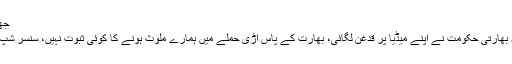
جھوٹ بولنے پر بھارتی حکومت نے اپنے میڈیا پر قدغن لگائی
ایک سوال پر انہوں نے کہا کہ ہم نے اپنے میڈیا پر نہیں بلکہ بھارتی حکومت نے اپنے میڈیا پر قدغن لگائی، بھارت کے پاس اڑی حملے میں ہمارے ملوث ہونے کا کوئی ثبوت نہیں، سنسر شپ بھارت نے لگائی کیوں کہ وہاں جھوٹ کے پول بہت کھلے۔